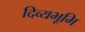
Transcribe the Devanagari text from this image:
दिव्यभूमि